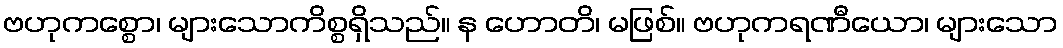
ဗဟုကစ္စော၊ များသောကိစ္စရှိသည်။ န ဟောတိ၊ မဖြစ်။ ဗဟုကရဏီယော၊ များသော